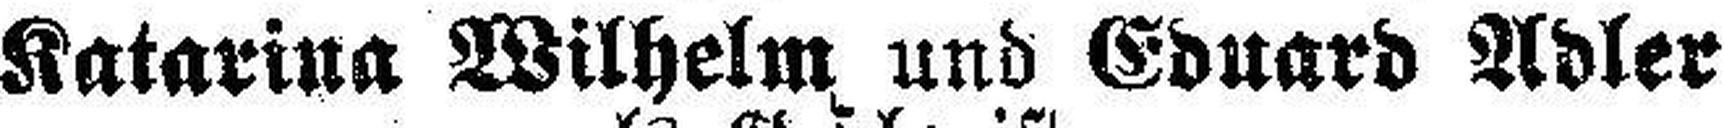
Katarina Wilhelm und Eduard Adler